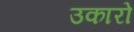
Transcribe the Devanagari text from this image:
उकारो